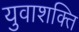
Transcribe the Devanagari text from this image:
युवाशक्‍ित